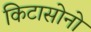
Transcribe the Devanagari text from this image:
किटासोनो